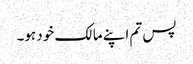
پس تم اپنے مالک خود ہو۔